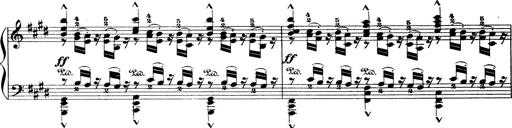
Title: Wagner-Liszt Album
Composer: Franz Liszt